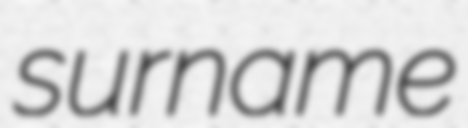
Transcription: surname